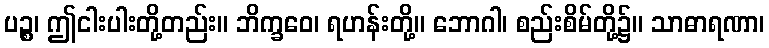
ပဉ္စ၊ ဤငါးပါးတို့တည်း။ ဘိက္ခဝေ၊ ရဟန်းတို့။ ဘောဂါ၊ စည်းစိမ်တို့၌။ သာဓာရဏာ၊